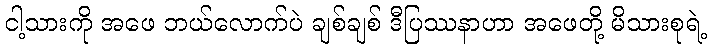
ငါ့သားကို အဖေ ဘယ်လောက်ပဲ ချစ်ချစ် ဒီပြဿနာဟာ အဖေတို့ မိသားစုရဲ့